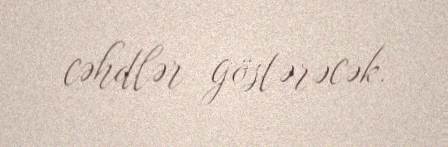
cəhdlər göstərəcək.